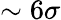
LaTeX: \sim 6\sigma